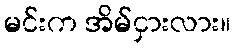
မင်းက အိမ်ငှားလား။